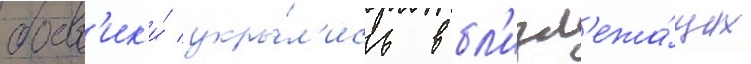
боев'ик'и́ укры́л'ись в бл'изл'ежа́щих